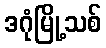
ဒဂုံမြို့သစ်